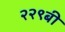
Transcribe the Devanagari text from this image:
२२९बी